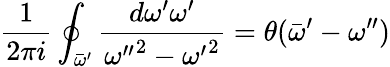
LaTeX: {\frac{1}{2\pi i}}\oint_{\bar{\omega}^{\prime}}{\frac{d\omega^{\prime}\omega^{\prime}}{{\omega^{\prime\prime}}^{2}-{\omega^{\prime}}^{2}}}=\theta(\bar{\omega}^{\prime}-\omega^{\prime\prime})